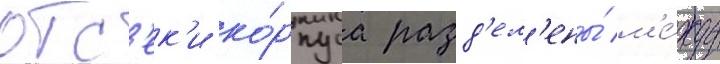
отс'ек'и ко́рпуса разд'ел'ены́ м'е́жду